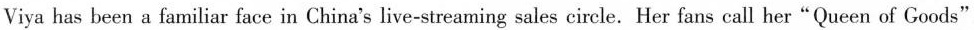
Viya has been a familiar face in China's live-streaming sales circle. Her fans call her“Queen of Goods".